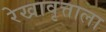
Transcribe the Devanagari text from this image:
रेखावृत्ताला